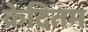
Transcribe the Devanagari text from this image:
क्रेदितम